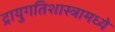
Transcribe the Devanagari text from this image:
द्रायुगतिशास्त्रामध्ये